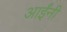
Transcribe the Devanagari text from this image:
आईंनी